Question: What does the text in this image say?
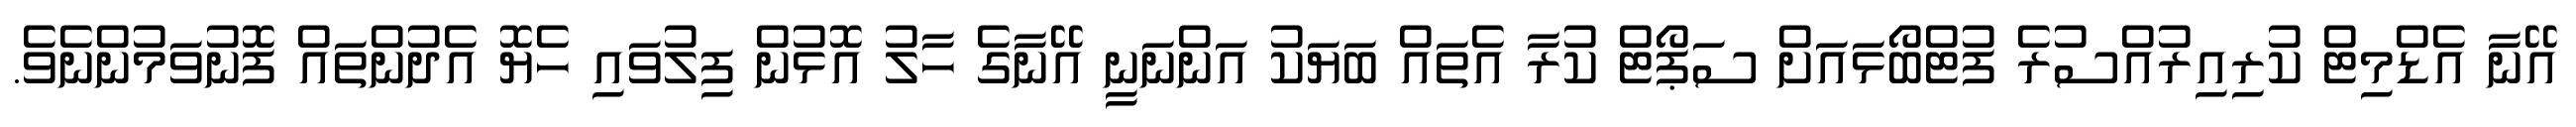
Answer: އޭނާ އެޑްމިޓް ކުރިއިރުއްސުރެ ފުޓްބޯޅައަށް ސަޕޯޓް ކުރާ އެތައް ބަޔަކު އަންނަނީ އޭނާގެ ހާލު އޮޅުން ފިލުވައި ހެޔޮ އެދުންތައް ފޮނުވަމުންނެވެ.